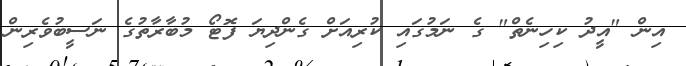
އިން "އީދު ކިހިނެތް" ގެ ނަމުގައި ކުރިއަށް ގެންދިޔަ ފޮޓޯ މުބާރާތުގެ ނަސީބުވެރިން